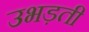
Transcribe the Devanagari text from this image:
उभड़ती